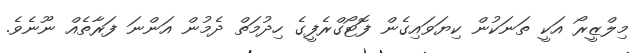
މިލްޒީރޯ އަކީ ތަނަކުން ކިޔަވައިގެން ފޮޓޯގްރެފީގެ ހިދުމަތް ދެމުން އަންނަ ފަރާތެއް ނޫނެވެ.